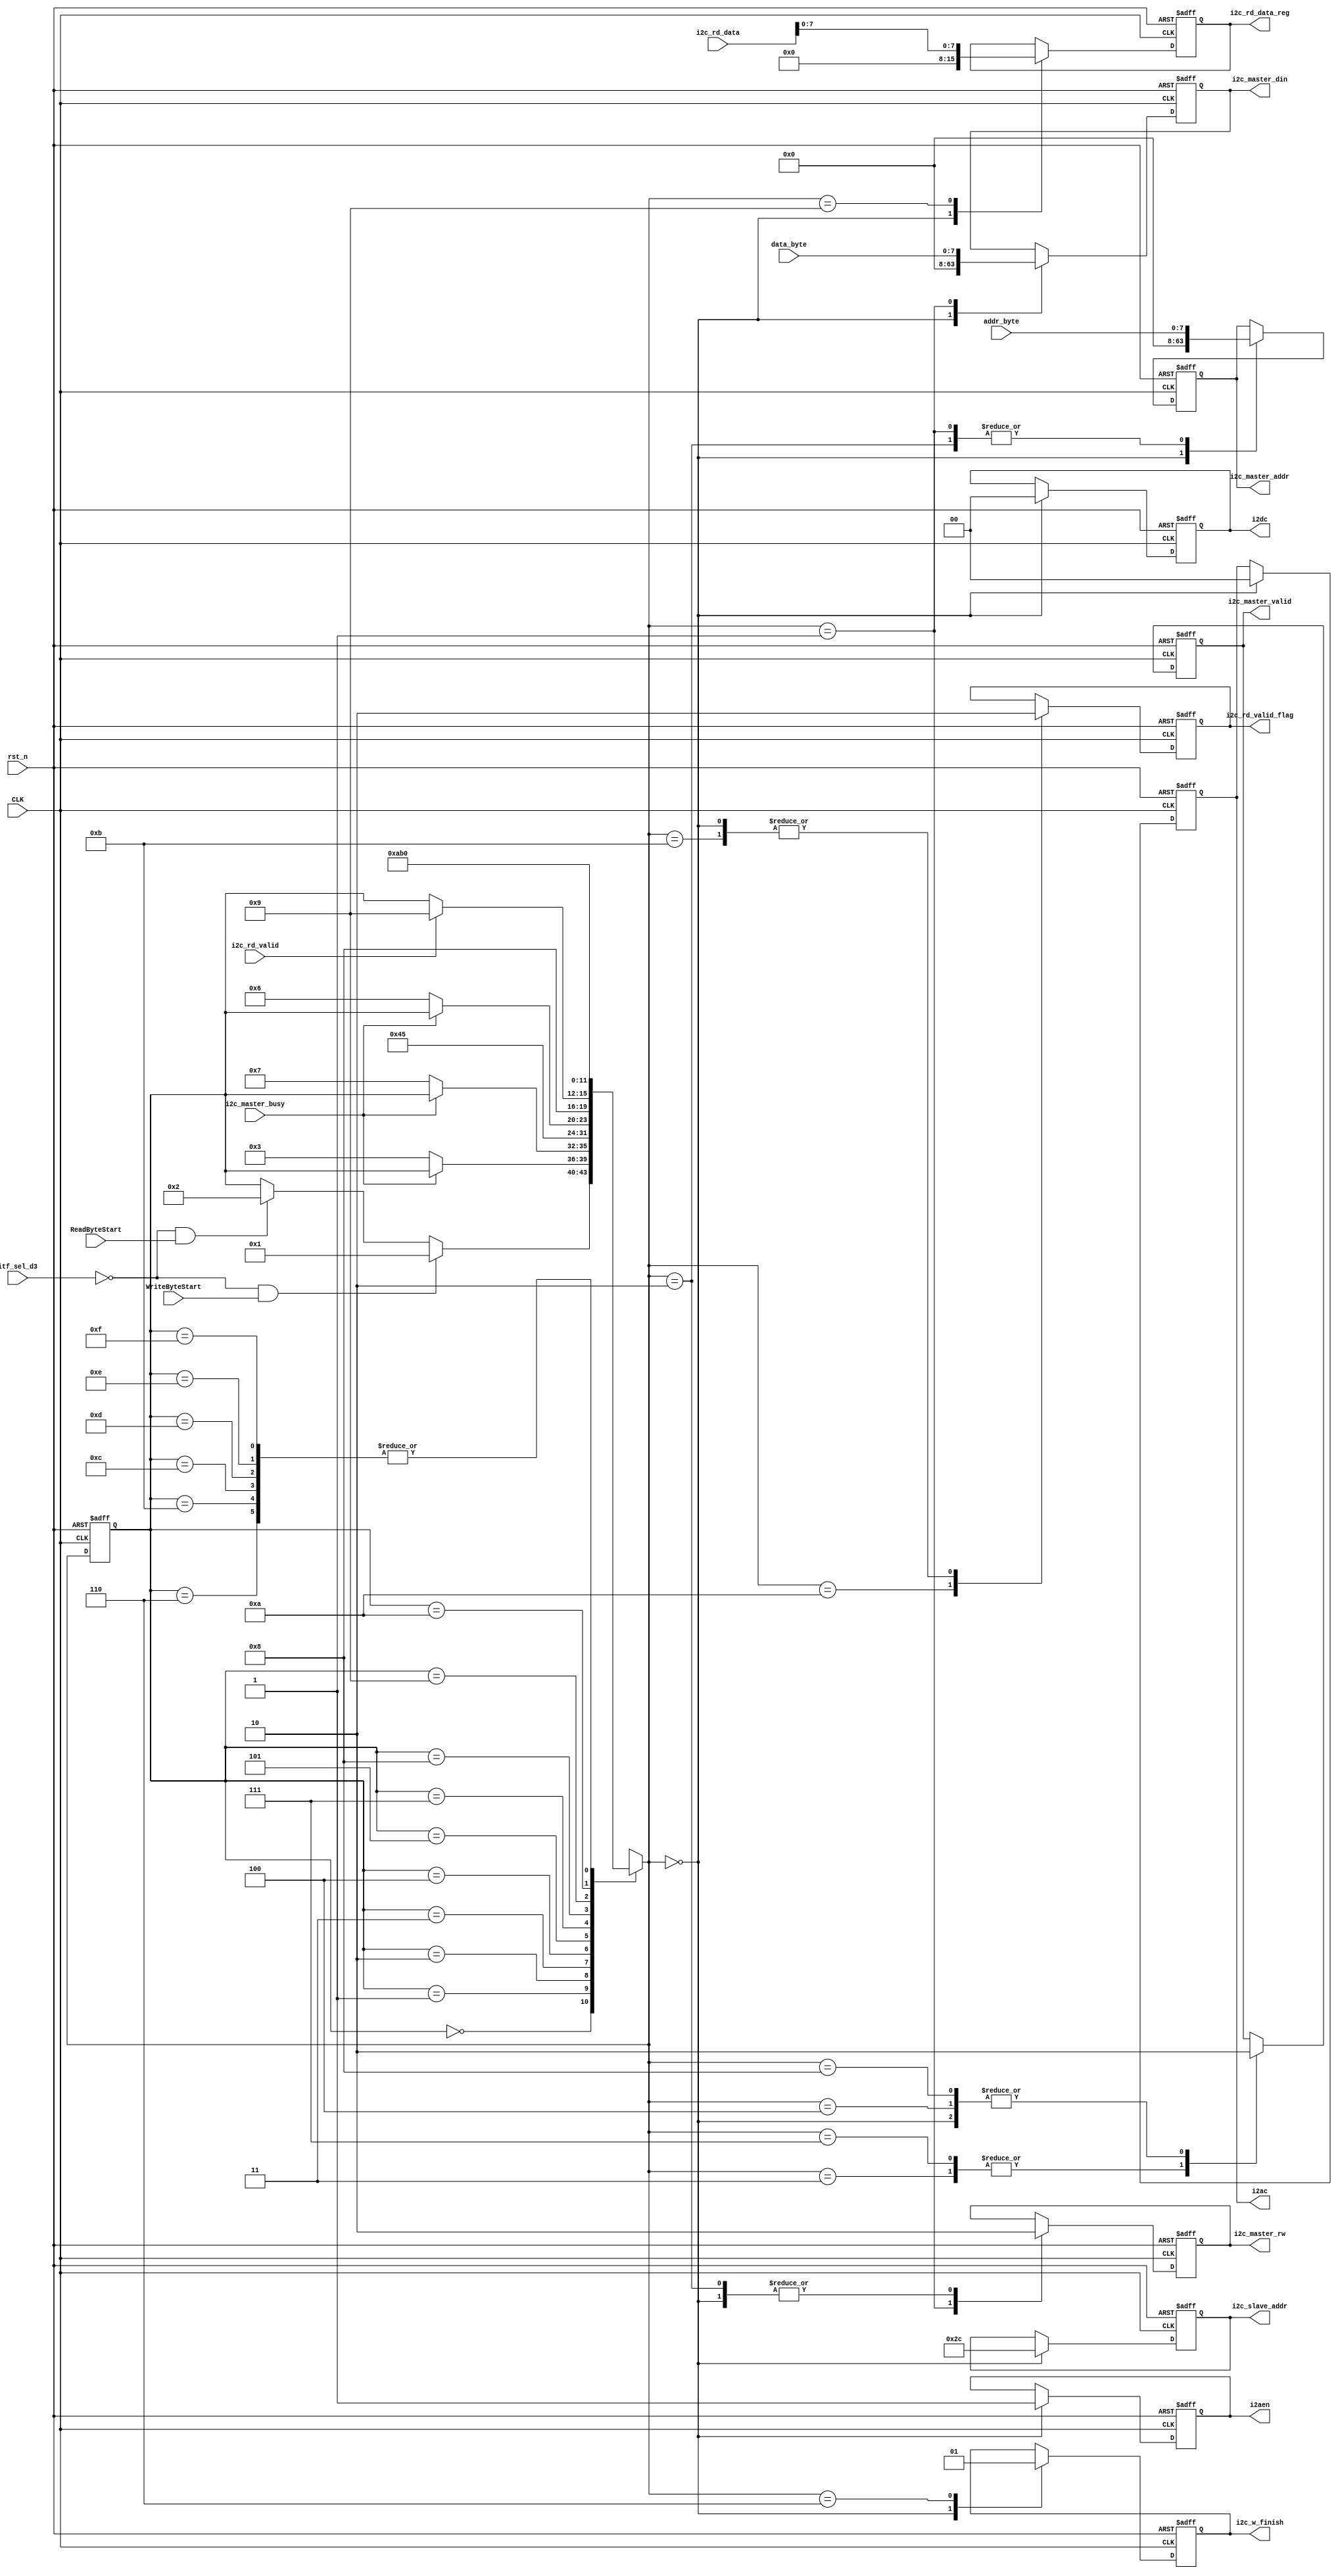
// =============================================================================
// Affiliation: Hong Kong University of Science and Technonlogy
// =============================================================================
//---------- I2C Master Write/Read 1 byte ----------- //
module fpga_i2cmaster_tx (
    input  wire         CLK,                     // process clock
    input  wire         rst_n,                   // reset of process clcok
    // --- Interface with fpga_tx_control.v ---  //
    input wire          itf_sel_d3,              // Selection of itf 
    input wire   [7:0]  addr_byte,               // Addr received from FIFO
    input wire   [7:0]  data_byte,               // Data received from FIFO
    input wire          WriteByteStart,
    input wire          ReadByteStart,

    output reg          i2c_w_finish,
    output reg  [7:0]   i2c_rd_data_reg, 
    output reg          i2c_rd_valid_flag,
    // --- Interface to fpga_itf_top: I2C Master-inputs --- //
    input wire          i2c_master_busy,
    input wire  [31:0]  i2c_rd_data,
    input wire          i2c_rd_valid,
    // --- Interface to fpga_itf_top: I2C Master-outputs --- //
    output reg  [6:0]   i2c_slave_addr,
    output reg          i2c_master_rw,
    output reg  [31:0]  i2c_master_addr,
    output reg  [31:0]  i2c_master_din,
    output reg          i2c_master_valid,
    output reg          i2aen,
    output reg  [1:0]   i2ac,
    output reg  [1:0]   i2dc
);
// =============================================================================
    reg [3:0] state_i2c;
    reg [3:0] state_i2c_next;

    wire start_write;
    wire start_read;

    assign start_write  = (~itf_sel_d3) & WriteByteStart;
    assign start_read   = (~itf_sel_d3) & ReadByteStart;
// =============================================================================
////// ----------- Main code --------- ////////
localparam STATE_IDLE        = 4'd0,
           STATE_WriteSelect = 4'd1,
           STATE_ReadSelect  = 4'd2,
           STATE_WriteEN     = 4'd3,
           STATE_WriteWaitA  = 4'd4,
           STATE_WriteWaitB  = 4'd5,
           STATE_WriteWaitC  = 4'd6,
           STATE_ReadEN      = 4'd7,
           STATE_ReadWaitA   = 4'd8,
           STATE_ReadData    = 4'd9,
           STATE_ReadWaitB   = 4'd10,
           STATE_ReadWaitC   = 4'd11,
           STATE_Occupy12    = 4'd12,
           STATE_Occupy13    = 4'd13,
           STATE_Occupy14    = 4'd14,
           STATE_Occupy15    = 4'd15;

assign tx_i2c_busy  = (state_i2c!= STATE_IDLE);    
// =============================================================================
// Reset and sequential logic
// =============================================================================
always @(posedge CLK or negedge rst_n) begin
 if (~rst_n) begin
    state_i2c      <= STATE_IDLE;
    end 
else begin
    state_i2c      <= state_i2c_next;
    end
end
// ============================================================================= 
// Next state logic combinational            
// =============================================================================
always @(*) begin
    state_i2c_next  = state_i2c; // Combinational logic: Default value
    case (state_i2c)
    STATE_IDLE: begin
        if (start_write) begin
            state_i2c_next  = STATE_WriteSelect;
        end
        else if (start_read) begin  
            state_i2c_next  = STATE_ReadSelect; 
        end
    end

    STATE_WriteSelect: begin
        if (~i2c_master_busy) begin
         state_i2c_next  = STATE_WriteEN;   
        end  
    end

    STATE_ReadSelect: begin
        if (~i2c_master_busy) begin           // Because after data_valid, it still takes
        state_i2c_next  = STATE_ReadEN;       // several cycles for i2c master to settle down
        end
    end

    STATE_WriteEN: begin
        state_i2c_next  = STATE_WriteWaitA;   // Wait for I2C Master to start working
    end

    STATE_WriteWaitA: begin
        state_i2c_next  = STATE_WriteWaitB;
    end

    STATE_WriteWaitB: begin
        if (~i2c_master_busy) begin           // Wait for I2C Master finish writing 1 byte
            state_i2c_next  = STATE_WriteWaitC;
        end
    end

    STATE_WriteWaitC: begin                   //  Generate a flag signal of finishing writing
        state_i2c_next  = STATE_IDLE;
    end

    STATE_ReadEN: begin
        state_i2c_next  = STATE_ReadWaitA;
    end

    STATE_ReadWaitA: begin
        if (i2c_rd_valid) begin
            state_i2c_next  = STATE_ReadData;
        end
    end

    STATE_ReadData: begin
        state_i2c_next  = STATE_ReadWaitB;
    end

    STATE_ReadWaitB: begin
        state_i2c_next  = STATE_ReadWaitC;
    end

    STATE_ReadWaitC: begin
        state_i2c_next  = STATE_IDLE;
    end

    STATE_Occupy12: state_i2c_next   = STATE_IDLE;
    STATE_Occupy13: state_i2c_next   = STATE_IDLE;
    STATE_Occupy14: state_i2c_next   = STATE_IDLE;
    STATE_Occupy15: state_i2c_next   = STATE_IDLE;

    endcase
end
// ============================================================================= 
// Output logic             
// =============================================================================
always @(posedge CLK or negedge rst_n) begin
    if (~rst_n) begin
        // --- Interface with fpga_tx_control.v ---  //
        i2c_w_finish        <= 1'b0;
        i2c_rd_data_reg     <= 8'd0;
        i2c_rd_valid_flag   <= 1'b0;
        // --- Interface to fpga_itf_top: I2C Master-outputs --- //
        i2c_slave_addr      <= 7'h2C;
        i2c_master_rw       <= 1'b0;
        i2c_master_addr     <= 32'd0;
        i2c_master_din      <= 32'd0;
        i2c_master_valid    <= 1'b0;
        i2aen               <= 1'b1;  // XJ: 1'b1: send addr & data; 1'b0: send data only
        i2ac                <= 2'b00; // XJ: address bit-width; 2'b00: 8bit; 2'b01: 16bit etc.
        i2dc                <= 2'b00; // XJ: data bit-width; 2'b00: 8bit; 2'b01: 16bit etc. 
    end
    else begin
        case (state_i2c_next)
            STATE_IDLE:begin
                // --- Interface with fpga_tx_control.v ---  //
                i2c_w_finish        <= 1'b0;
                i2c_rd_data_reg     <= 8'd0;
                i2c_rd_valid_flag   <= 1'b0;
                // --- Interface to fpga_itf_top: I2C Master-outputs --- //
                i2c_slave_addr      <= 7'h2C;
                i2c_master_rw       <= 1'b0;  // W or R
                i2c_master_addr     <= 32'd0; // Addr   
                i2c_master_din      <= 32'd0; // Data
                i2c_master_valid    <= 1'b0;
                i2aen               <= 1'b1;  // XJ: 1'b1: send addr & data; 1'b0: send data only
                i2ac                <= 2'b00; // XJ: address bit-width; 2'b00: 8bit; 2'b01: 16bit etc.
                i2dc                <= 2'b00; // XJ: data bit-width; 2'b00: 8bit; 2'b01: 16bit etc. 
            end

            STATE_WriteSelect: begin
                i2c_master_addr     <= {24'd0, addr_byte};
                i2c_master_din      <= {24'd0, data_byte};
                i2c_master_rw       <= 1'b1;  // Write: enable 1
            end 

            STATE_WriteEN: begin
                i2c_master_valid    <= 1'b1;
            end

            STATE_WriteWaitA: begin
                i2c_master_valid    <= 1'b0;
            end

            STATE_WriteWaitC: begin
                i2c_w_finish        <= 1'b1;
            end

            STATE_ReadSelect: begin
                i2c_master_addr     <= {24'd0, addr_byte};
                i2c_master_rw       <= 1'b0;  // Read: enable 0
            end

            STATE_ReadEN: begin
                i2c_master_valid    <= 1'b1;
            end
            
            STATE_ReadWaitA: begin
                i2c_master_valid    <= 1'b0;
            end

            STATE_ReadData:begin
                 i2c_rd_data_reg    <= i2c_rd_data[7:0];   
            end

            STATE_ReadWaitB: begin
                i2c_rd_valid_flag   <= 1'b1;
            end

            STATE_ReadWaitC: begin
                i2c_rd_valid_flag   <= 1'b0;
            end

        endcase
    end
end

endmodule